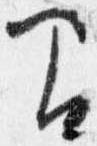
間